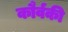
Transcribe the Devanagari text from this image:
कौर्वकी